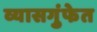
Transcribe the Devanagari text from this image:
व्यासगुंफेत